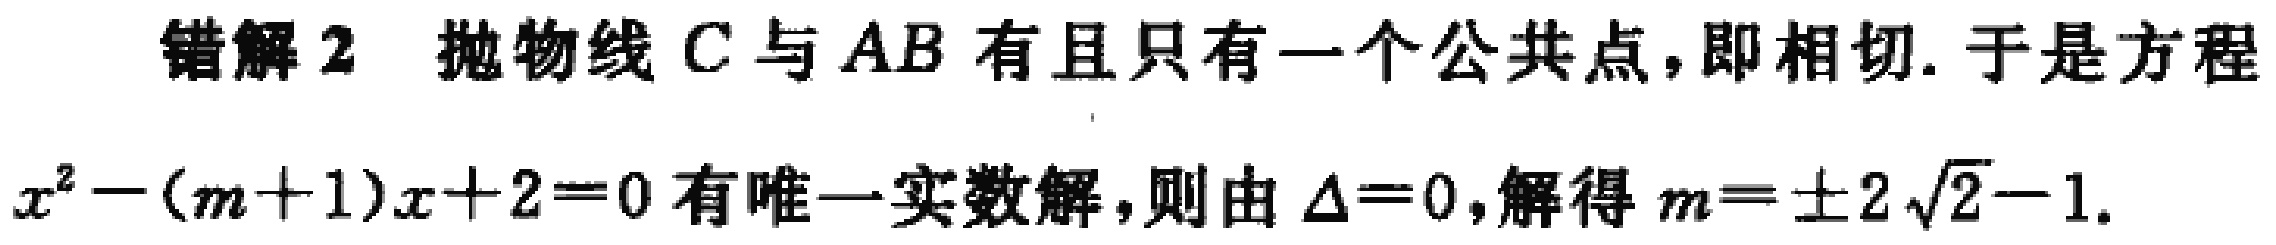
错解2 抛物线 \(C\) 与 \(AB\) 有且只有一个公共点，即相切. 于是方程
\(x^{2}-(m + 1)x + 2 = 0\) 有唯一实数解，则由 \(\Delta = 0\)，解得 \(m=\pm2\sqrt{2}-1\).